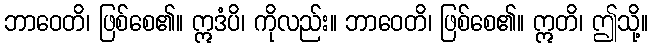
ဘာဝေတိ၊ ဖြစ်စေ၏။ ဣဒံပိ၊ ကိုလည်း။ ဘာဝေတိ၊ ဖြစ်စေ၏။ ဣတိ၊ ဤသို့။